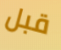
قبل